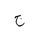
Letter: _gim